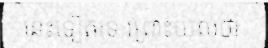
នេះទៀតទេ ព្រោះយល់ថា